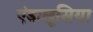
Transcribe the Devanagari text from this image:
एंडालूसिया